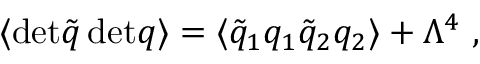
\langle \mathrm { d e t } \tilde { q } \, \mathrm { d e t } q \rangle = \langle \tilde { q } _ { 1 } q _ { 1 } \tilde { q } _ { 2 } q _ { 2 } \rangle + \Lambda ^ { 4 } \ ,